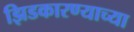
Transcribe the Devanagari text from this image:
झिडकारण्याच्या